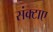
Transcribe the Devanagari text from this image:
संक्टाए